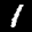
Label: 1